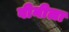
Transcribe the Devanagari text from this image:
वीनीला